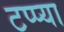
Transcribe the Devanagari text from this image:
टप्प्या